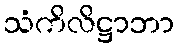
သံကိလိဋ္ဌာဘာ